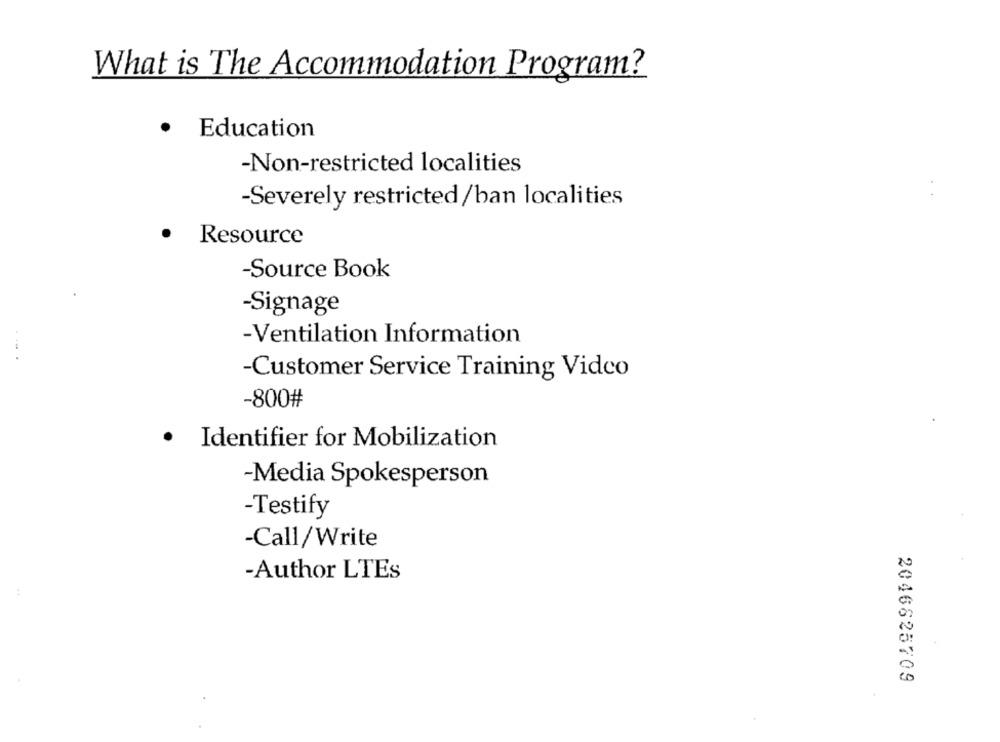
What is The Accommodation Program?
.
Education
-Non-restricted localities
-Severely restricted/ban localities
.
Resource
-Source Book
-Signage
-Ventilation Information
-Customer Service Training Video
-800#
.
Identifier for Mobilization
-Media Spokesperson
-Testify
-Call/Write
-Author LTEs
2046825709